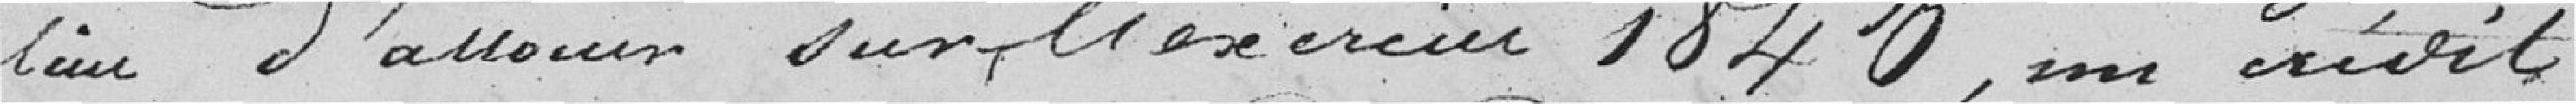
lieu d'allouer sur l'exercice 1840, un crédit